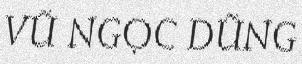
VŨ NGỌC DŨNG